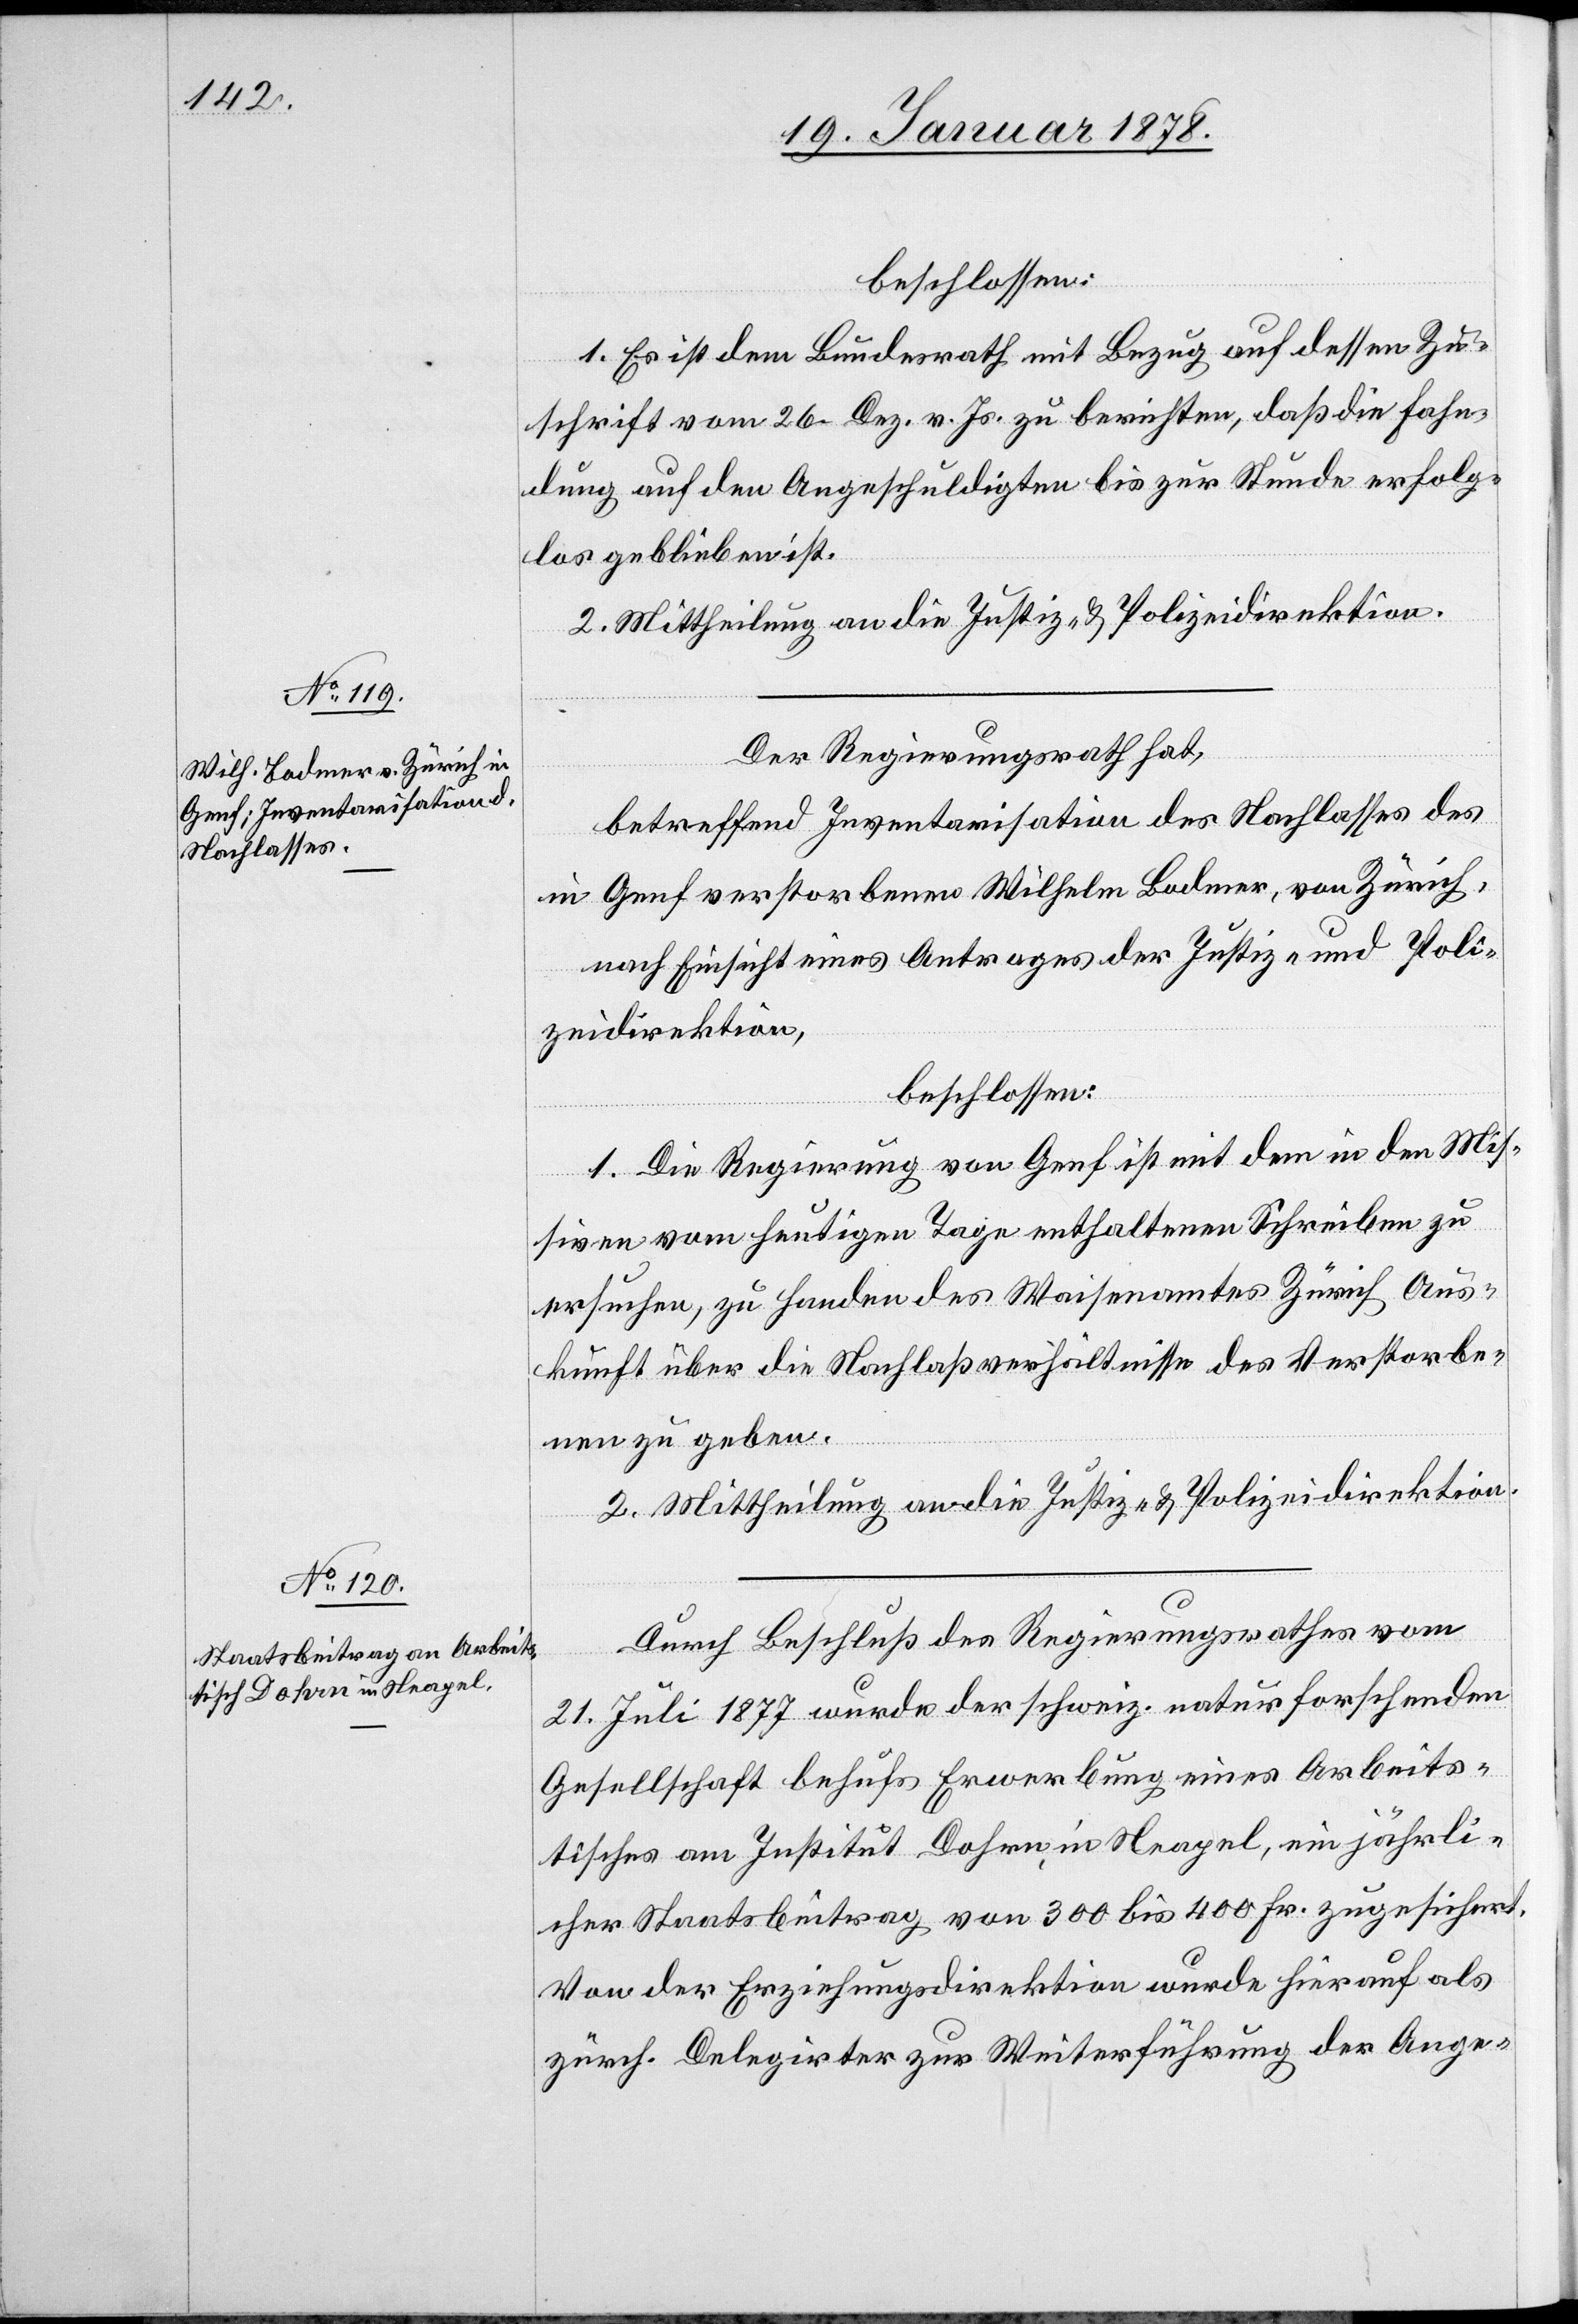
beschlossen:
1. Es ist dem Bundesrath mit Bezug auf dessen Zu¬
schrift vom 26. Dez. v. Js. zu berichten, daß die Fahn¬
dung auf den Angeschuldigten bis zur Stunde erfolg¬
los geblieben ist.
2. Mittheilung an die Justiz- & Polizeidirektion.
Der Regierungsrath hat,
betreffend Inventarisation des Nachlasses des
in Genf verstorbenen Wilhelm Bodmer, von Zürich,
nach Einsicht eines Antrages der Justiz- und Poli¬
zeidirektion,
beschlossen:
1. Die Regierung von Genf ist mit dem in den Mis¬
siven vom heutigen Tage enthaltenen Schreiben zu
ersuchen, zu Handen des Waisenamtes Zürich Aus¬
kunft über die Nachlaßverhältnisse des Verstorbe¬
nen zu geben.
2. Mittheilung an die Justiz- & Polizeidirektion.
Durch Beschluß des Regierungsrathes vom
21. Juli 1877 wurde der schweiz. naturforschenden
Gesellschaft behufs Erwerbung eines Arbeits¬
tisches am Institut Dohrn in Neapel, ein jährli¬
cher Staatsbeitrag von 300 bis 400 Fr. zugesichert.
Von der Erziehungsdirektion wurde hierauf als
zürch. Delegirter zur Weiterführung der Ange-